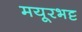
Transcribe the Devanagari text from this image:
मयूरभट्ट